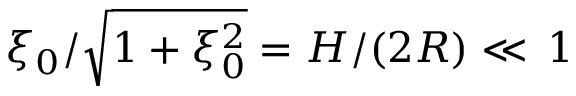
\xi _ { 0 } / \sqrt { 1 + \xi _ { 0 } ^ { 2 } } = H / ( 2 R ) \ll \, 1